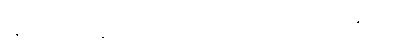
ဉဇဘက်ကစ္စတန်နိုင်ငံကအိမ်ရှင်အဖြစ်ကျင်းပမယ့် အသက် ၂၃ နှစ်အောက်